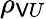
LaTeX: \rho_{\mathsf{V}U}